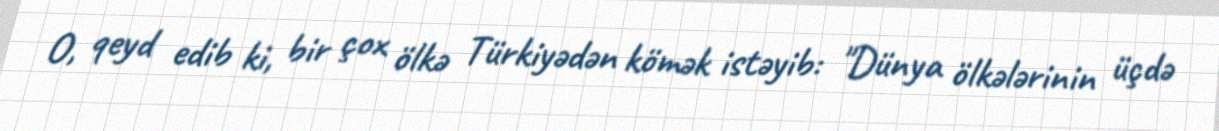
O, qeyd edib ki, bir çox ölkə Türkiyədən kömək istəyib: "Dünya ölkələrinin üçdə